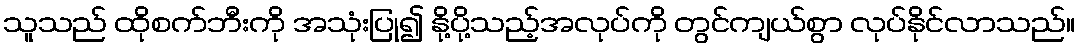
သူသည် ထိုစက်ဘီးကို အသုံးပြု၍ နို့ပို့သည့်အလုပ်ကို တွင်ကျယ်စွာ လုပ်နိုင်လာသည်။